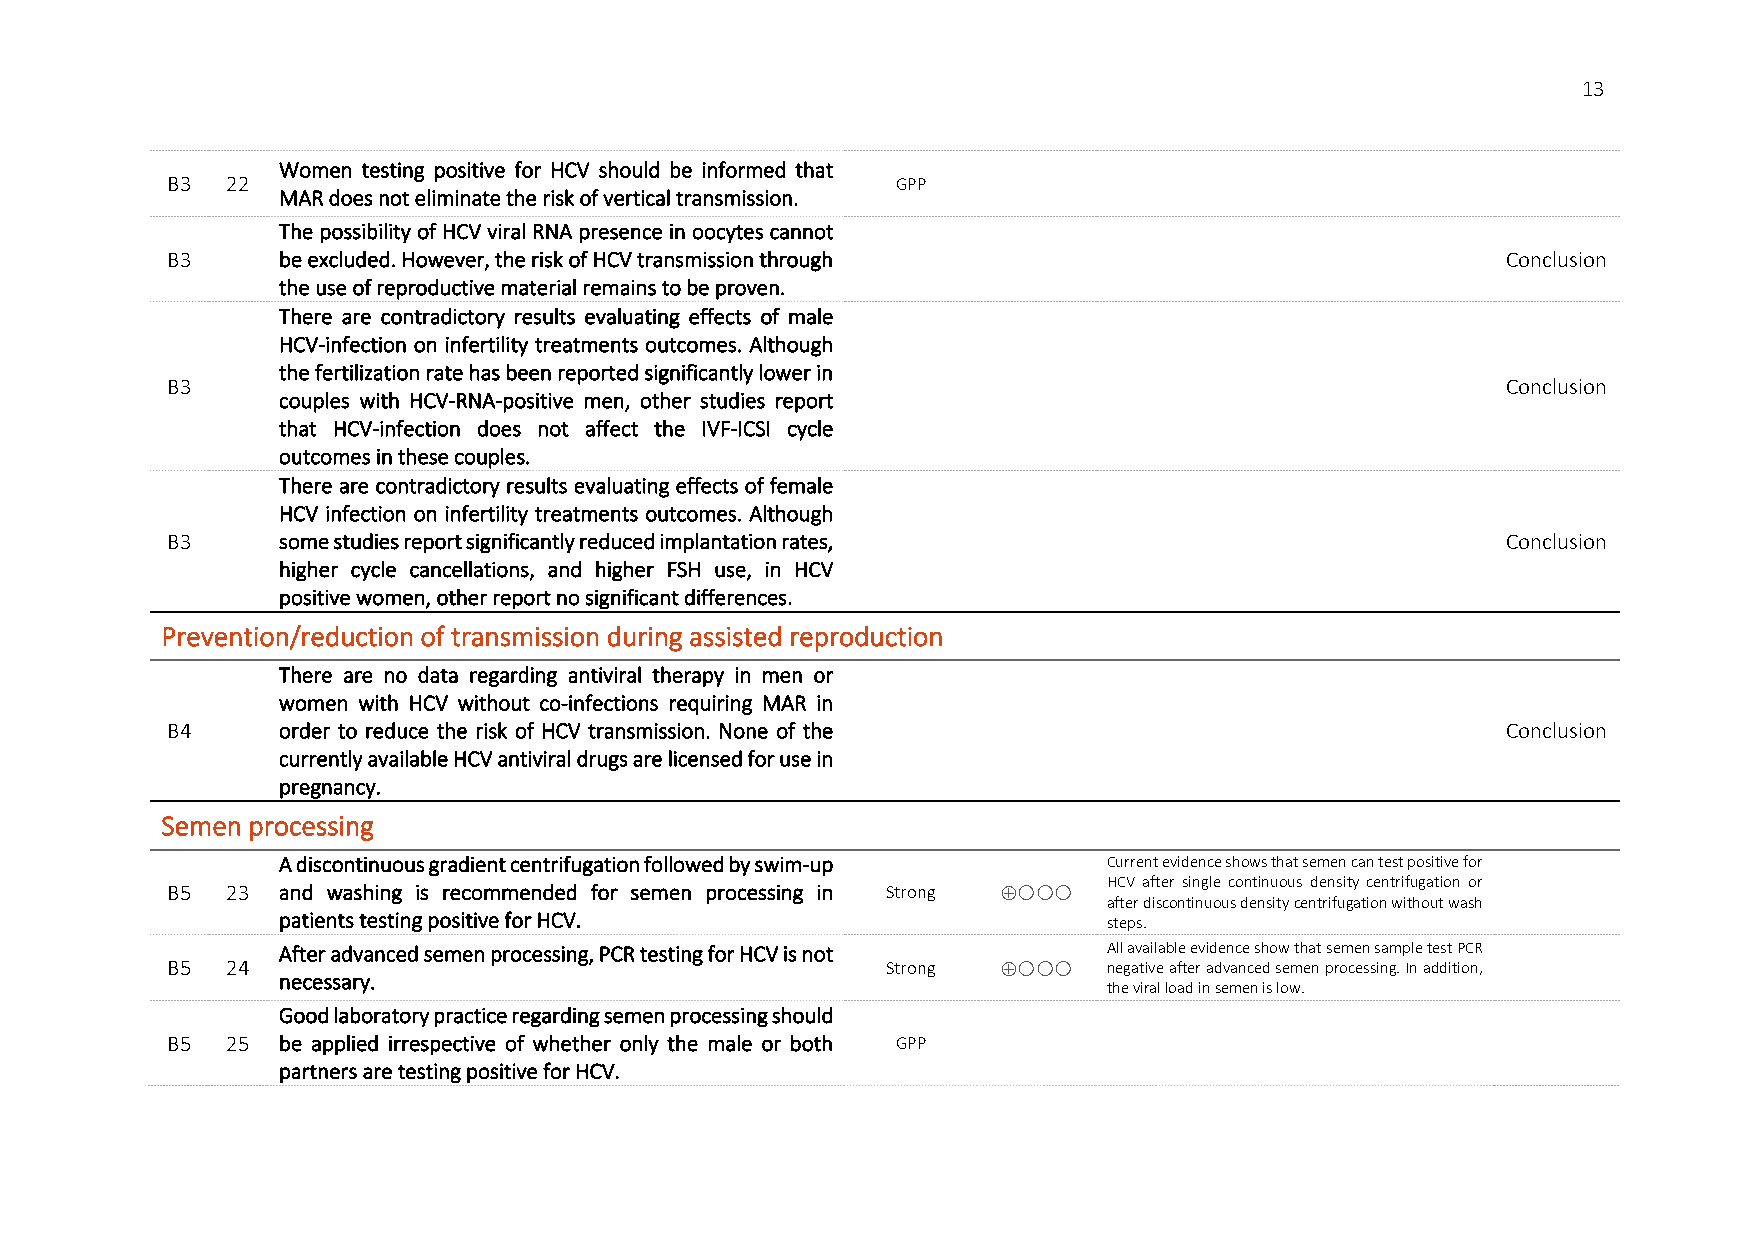
13
 Women testing positive for HCV should be informed that
 B3  22                                          GPP
 MAR does not eliminate the risk of vertical transmission.
 The possibility of HCV viral RNA presence in oocytes cannot
 B3     be excluded. However, the risk of HCV transmission through                        Conclusion
 the use of reproductive material remains to be proven.
 There are contradictory results evaluating effects of male
 HCV-infection on infertility treatments outcomes. Although
 the fertilization rate has been reported significantly lower in
 B3                                                                                       Conclusion
 couples with HCV-RNA-positive men, other studies report
 that HCV-infection does not affect the IVF-ICSI cycle
 outcomes in these couples.
 There are contradictory results evaluating effects of female
 HCV infection on infertility treatments outcomes. Although
 B3     some studies report significantly reduced implantation rates,                     Conclusion
 higher cycle cancellations, and higher FSH use, in HCV
 positive women, other report no significant differences.
 Prevention/reduction of transmission during assisted reproduction
 There are no data regarding antiviral therapy in men or
 women with HCV without co-infections requiring MAR in
 B4     order to reduce the risk of HCV transmission. None of the                         Conclusion
 currently available HCV antiviral drugs are licensed for use in
 pregnancy.
 Semen processing
 A discontinuous gradient centrifugation followed by swim-up Current evidence shows that semen can test positive for
 HCV after single continuous density centrifugation or
 B5  23 and washing is recommended for semen processing in Strong ⊕
 after discontinuous density centrifugation without wash
 patients testing positive for HCV.                     steps.
 After advanced semen processing, PCR testing for HCV is not All available evidence show that semen sample test PCR
 B5  24                                          Strong ⊕   negative after advanced semen processing. In addition,
 necessary.
 the viral load in semen is low.
 Good laboratory practice regarding semen processing should
 B5  25 be applied irrespective of whether only the male or both GPP
 partners are testing positive for HCV.